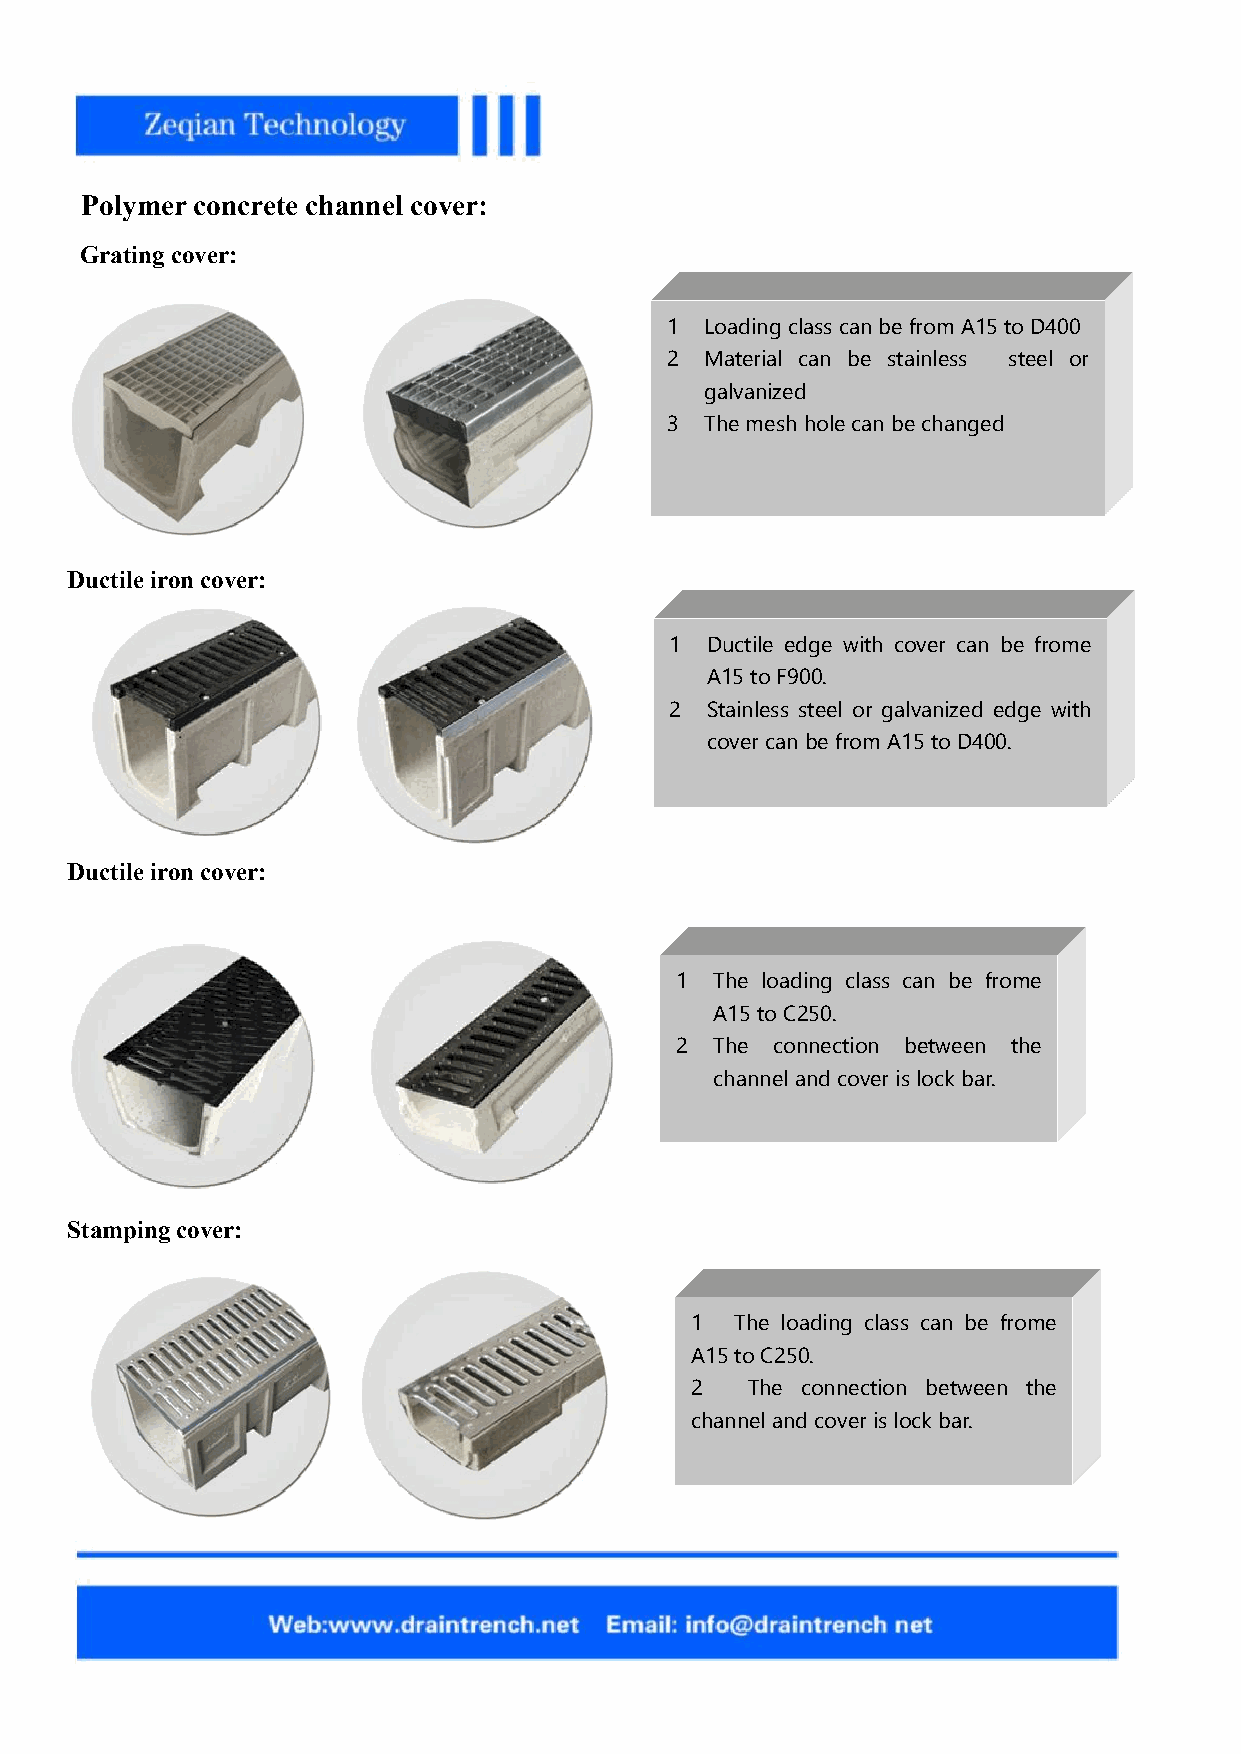
Polymer concrete channel cover:
 1    Gratingcover:
 1  Loadingclasscan befrom A15toD400
 2  Material can be stainless steel or
 galvanized
 3  Themeshholecan bechanged
 2   Ductileironcover:
 1  Ductile edge with cover can be frome
 A15 toF900.
 2  Stainless steel or galvanized edge with
 covercanbefrom A15 toD400.
 3   Ductileironcover:
 1 The loading class can be frome
 A15toC250.
 2 The connection between the
 channelandcover islockbar.
 4   Stamping cover:
 1  1  The loading class can be frome
 A15toC250.
 2  The connection between the
 channelandcover islockbar.